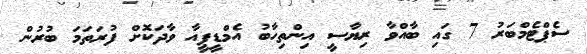
ސެޕްޓެމްބަރު 7 ގައި ބާއްވާ ރިޔާސީ އިންތިހާބު އެމްޑީޕީއާ ވާދަކޮށް ފުރަތަމަ ބުރުން